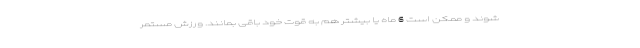
شوند و ممکن است 6 ماه یا بیشتر هم به قوت خود باقی بمانند. ورزش مستمر